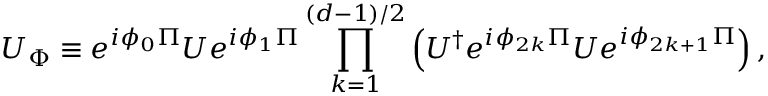
U _ { \Phi } \equiv e ^ { i \phi _ { 0 } \Pi } U e ^ { i \phi _ { 1 } \Pi } \prod _ { k = 1 } ^ { ( d - 1 ) / 2 } \left( U ^ { \dagger } e ^ { i \phi _ { 2 k } \Pi } U e ^ { i \phi _ { 2 k + 1 } \Pi } \right) ,